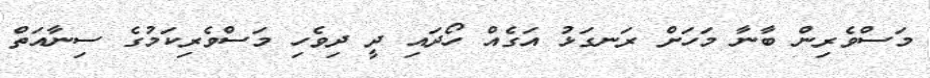
މަސްވެރިން ބާނާ މަހަށް ރަނގަޅު އަގެއް ހޯދައި ދީ ދިވެހި މަސްވެރިކަމުގެ ސިނާއަތް